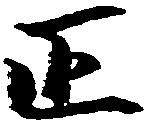
正